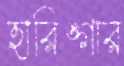
হারিঙ্গার